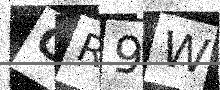
Text: CR9W